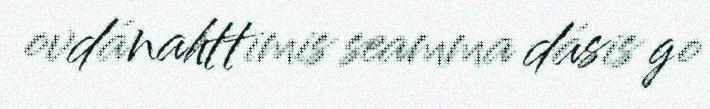
ovdánahttimis seamma dásis go